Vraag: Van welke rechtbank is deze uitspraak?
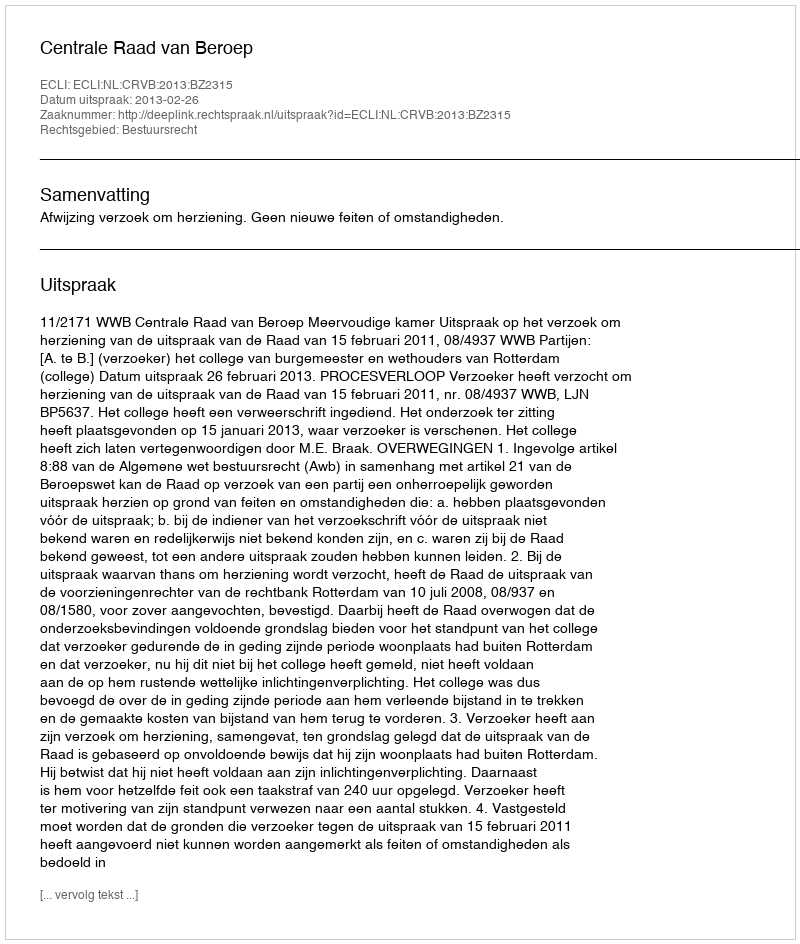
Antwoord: Centrale Raad van Beroep